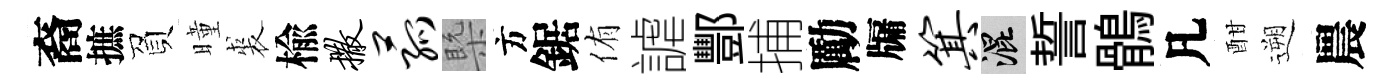
裔摭負曈裘楡撒菰槩方鋸侑謔酆捕勵牖箕混誓鶻凡酣遡農